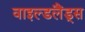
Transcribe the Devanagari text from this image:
वाइल्डलैंड्स